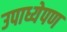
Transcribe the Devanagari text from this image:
उपाध्येपण